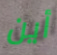
أين